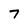
Character: 7